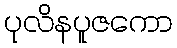
ပုလိနပူဇကော